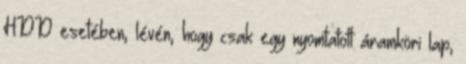
HDD esetében, lévén, hogy csak egy nyomtatott áramköri lap,